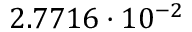
2 . 7 7 1 6 \cdot 1 0 ^ { - 2 }